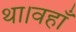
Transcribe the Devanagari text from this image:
था।वहाँ